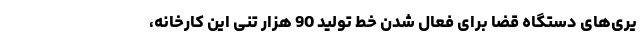
یری‌های دستگاه قضا برای فعال شدن خط تولید 90 هزار تنی این کارخانه،